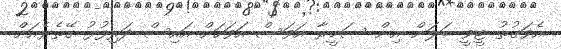
އެވަގުތު ޓީވީ ބަލަން އިން ސަމީރާ އަވަސް އަވަހަށް އައިސް ދަރިފުޅު ގޭތެރެއަށް